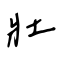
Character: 壯